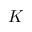
K